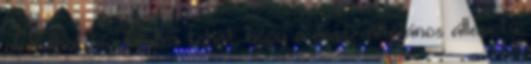
alakulhat ki. Fontos tehát, hogy a rossz általános állapotú